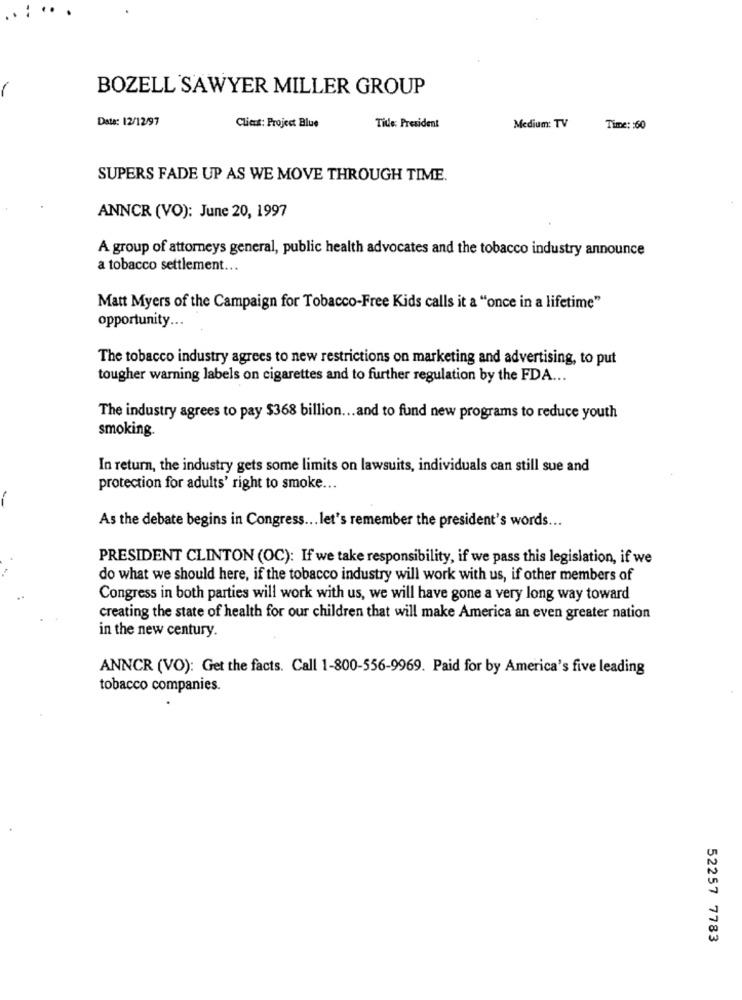
BOZELL SAWYER MILLER GROUP
Date: 12/12/97
Client: Project Blue
Title: President
Medium: TV
Time: : 60
SUPERS FADE UP AS WE MOVE THROUGH TIME.
ANNCR (VO): June 20, 1997
A group of attorneys general, public health advocates and the tobacco industry announce
a tobacco settlement ...
Matt Myers of the Campaign for Tobacco-Free Kids calls it a "once in a lifetime"
opportunity ...
The tobacco industry agrees to new restrictions on marketing and advertising, to put
tougher warning labels on cigarettes and to further regulation by the FDA ...
The industry agrees to pay $368 billion ... and to fund new programs to reduce youth
smoking.
In return, the industry gets some limits on lawsuits, individuals can still sue and
protection for adults' right to smoke ...
As the debate begins in Congress ... let's remember the president's words ...
PRESIDENT CLINTON (OC): If we take responsibility, if we pass this legislation, if we
do what we should here, if the tobacco industry will work with us, if other members of
Congress in both parties will work with us, we will have gone a very long way toward
creating the state of health for our children that will make America an even greater nation
in the new century.
ANNCR (VO): Get the facts. Call 1-800-556-9969. Paid for by America's five leading
tobacco companies.
52257 7783